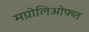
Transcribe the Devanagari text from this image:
मग्नोलिओफ्य्त